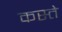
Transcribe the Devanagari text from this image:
कस्‍ते